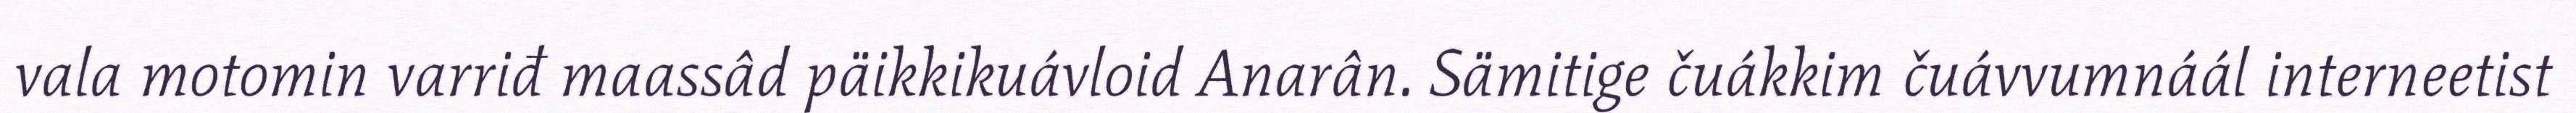
vala motomin varriđ maassâd päikkikuávloid Anarân. Sämitige čuákkim čuávvumnáál interneetist